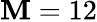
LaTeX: \mathbf{M}=12